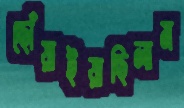
ছোঁয়াইয়াছিলাম